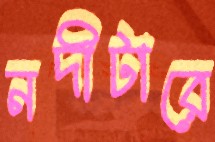
নদীটারে